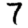
Digit: 7